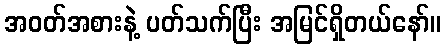
အဝတ်အစားနဲ့ ပတ်သက်ပြီး အမြင်ရှိတယ်နော်။